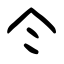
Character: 仒